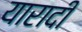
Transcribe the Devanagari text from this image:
यारादी